Indian journal of veterinary science and animal husbandry - Volumes 15-17, 1948-1951
Year: 1948
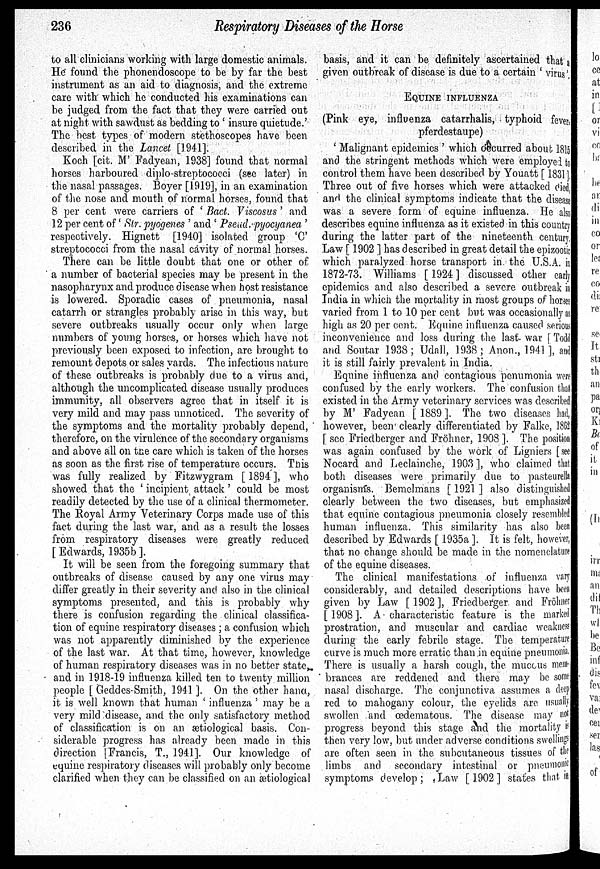
236
Respiratory Diseases of the Horse
to all clinicians working with large domestic animals.
He found the phonendoscope to be by far the best
instrument as an aid to diagnosis, and the extreme
care with which he conducted his examinations can
be judged from the fact that they were carried out
at night with sawdust as bedding to ' insure quietude.'
The best types of modern stethoscopes have been
described in the Lancet [1941].
Koch [cit. M' Fadyean, 1938] found that normal
horses harboured diplo-streptococci (see later) in
the nasal passages. Boyer [1919], in an examination
of the nose and mouth of normal horses, found that
8 per cent were carriers of ' Bact. Viscosus ' and
12 per cent of ' Str. pyogenes ' and ' Pseud.pyocyanea '
respectively. Hignett [1940] isolated group 'C'
streptococci from the nasal cávity of normal horses.
There can be little doubt that one or other of
a number of bacterial species may be present in the
nasopharynx and produce disease when host resistance
is lowered. Sporadic cases of pneumonia, nasal
catarrh or strangles probably arise in this way, but
severe outbreaks usually occur only when large
numbers of young horses, or horses which have not
previously been exposed to infection, are brought to
remount depots or sales yards. The infectious nature
of these outbreaks is probably due to a virus and,
although the uncomplicated disease usually produces
immunity, all observers agree that in itself it is
very mild and may pass unnoticed. The severity of
the symptoms and the mortality probably depend,
therefore, on the virulence of the secondary organisms
and above all on the care which is taken of the horses
as soon as the first rise of temperature occurs. This
was fully realized by Fitzwygram [ 1894 ], who
showed that the ' incipient attack ' could be most
readily detected by the use of a clinical thermometer.
The Royal Army Veterinary Corps made use of this
fact during the last war, and as a result the losses
from respiratory diseases were greatly reduced
[ Edwards, 1935b ].
It will be seen from the foregoing summary that
outbreaks of disease caused by any one virus may
differ greatly in their severity and also in the clinical
symptoms presented, and this is probably why
there is confusion regarding the clinical classifica-
tion of equine respiratory diseases ; a confusion which
was not apparently diminished by the experience
of the last war. At that time, however, knowledge
of human respiratory diseases was in no better state,
and in 1918-19 influenza killed ten to twenty million
people [ Geddes-Smith, 1941 ]. On the other hand,
it is well known that human ' influenza ' may be a
very mild disease, and the only satisfactory method
of classification is on an ætiological basis. Con-
siderable progress has already been made in this
direction [ Francis, T., 1941]. Our knowledge of
equine respiratory diseases will probably only become
clarified when they can be classified on an ætiological
basis, and it can be definitely ascertained that a
given outbreak of disease is due to a certain ' virus',
EQUNIE INFLUENZA
(Pink eye, influenza catarrhalis, typhoid fever,
pferdestaupe)
' Malignant epidemics ' which occurred about, 1815
and the stringent methods which were employed to
control them have been described by Youatt [ 1831].
Three out of five horses which were attacked died.
and the clinical symptoms indicate that the disease
was a severe form of equine influenza. He also
describes equine influenza as it existed in this country
during the latter part of the nineteenth century.
Law [ 1902 ] has described in great detail the epizootic
which paralyzed horse transport in the U.S.A. in
1872-73. Williams [1924] discussed other early
epidemics and also described a severe outbreak in
India in which the mortality in most groups of horses
varied from 1 to 10 per cent but was occasionally as
high as 20 per cent. Equine influenza caused serious
inconvenience and loss during the last war [ Todd
and Soutar 1938; Udall, 1938; Anon., 1941 ], and
it is still fairly prevalent in India.
Equine influenza and contagious penumonia were
confused by the early workers. The confusion that
existed in the Army veterinary services was described
by M' Fadyean [ 1889 ]. The two diseases had,
however, been' clearly differentiated by Falke, 1862
[ see Friedberger and Fröhner, 1908]. The position
was again confused by the work of Ligniers [see
Nocard and Leclainche, 1903 ], who claimed that
both diseases were primarily due to pasteurella
organisms. Bemelmans [ 1921 ] also distinguished
clearly between the two diseases, but emphasized
that equine contagious pneumonia closely resembled
human influenza. This similarity has also been
described by Edwards [ 1935a]. It is felt, however,
that no change should be made in the nomenclature
of the equine diseases.
The clinical manifestations of influenza vary
considerably, and detailed descriptions have been
given by Law [ 1902 ], Friedberger and Fröhner
[1908]. A characteristic feature is the marked
prostration, and muscular and cardiac weakness
during the early febrile stage. The temperature
curve is much more erratic than in equine pneumonia.
There is usually a harsh cough, the muccus mem-
brances are reddened and there may be some
nasal discharge. The conjunctiva assumes a deep
red to mahogany colour, the eyelids are usually
swollen and œdematous. The disease may not
progress beyond this stage and the mortality is
then very low, but under adverse conditions swellings
are often seen in the subcutaneous tissues of the
limbs and secondary intestinal or pneumonic
symptoms develop; Law [1902] states that in